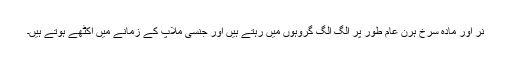
نر اور مادہ سرخ ہرن عام طور پر الگ الگ گروہوں میں رہتے ہیں اور جنسی ملاپ کے زمانے میں اکٹھے ہوتے ہیں۔